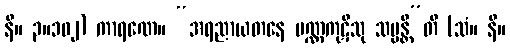
နိ။ ၃။၁၀၂) ကာရဏေ။ “အရညာယတနေ ပဏ္ဏကုဋီသု သမ္မန္တီ”တိ (သံ။ နိ။